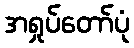
အရှုပ်တော်ပုံ